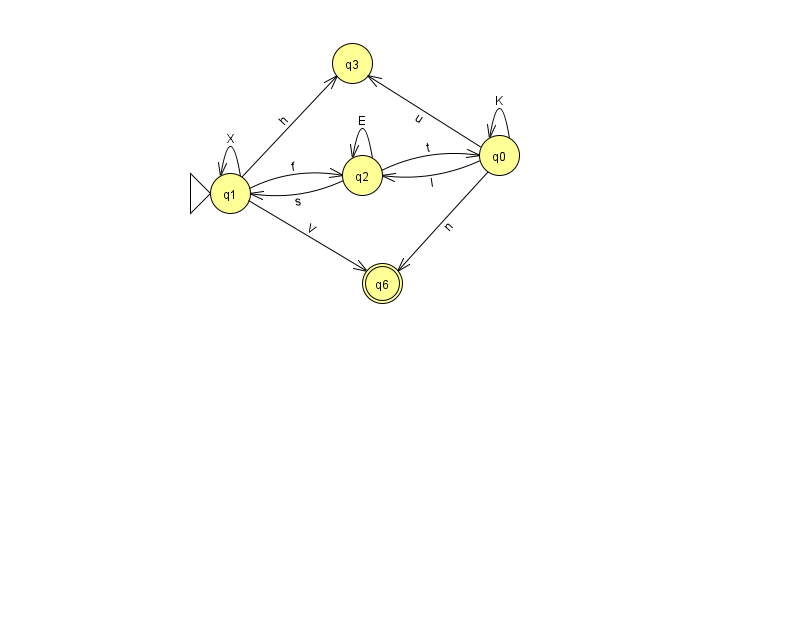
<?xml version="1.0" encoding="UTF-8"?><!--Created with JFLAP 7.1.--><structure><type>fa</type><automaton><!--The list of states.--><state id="0" name="q0"><x>499.0</x><y>142.0</y></state><state id="1" name="q1"><x>230.0</x><y>180.0</y><initial/></state><state id="2" name="q2"><x>362.0</x><y>162.0</y></state><state id="3" name="q3"><x>352.0</x><y>50.0</y></state><state id="6" name="q6"><x>382.0</x><y>270.0</y><final/></state><!--The list of transitions.--><transition><from>2</from><to>2</to><read>E</read></transition><transition><from>2</from><to>0</to><read>t</read></transition><transition><from>0</from><to>3</to><read>u</read></transition><transition><from>1</from><to>1</to><read>X</read></transition><transition><from>1</from><to>2</to><read>f</read></transition><transition><from>1</from><to>3</to><read>h</read></transition><transition><from>0</from><to>0</to><read>K</read></transition><transition><from>1</from><to>6</to><read>V</read></transition><transition><from>2</from><to>1</to><read>s</read></transition><transition><from>0</from><to>2</to><read>l</read></transition><transition><from>0</from><to>6</to><read>n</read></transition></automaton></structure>